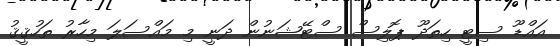
އައްޑޫ ސިޓީ ހިތަދޫ ޕޮލިސް ސްޓޭޝަނުން ދަނީ މި މައްސަލަ މިހާރު ތަހުޤީޤު